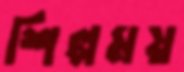
শিল্পময়